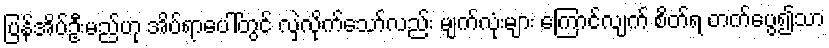
ပြန်အိပ်ဦးမည်ဟု အိပ်ရာပေါ်တွင် လှဲလိုက်သော်လည်း မျက်လုံးများ ကြောင်လျက် စိတ်ရ တက်ပွေ၍သာ